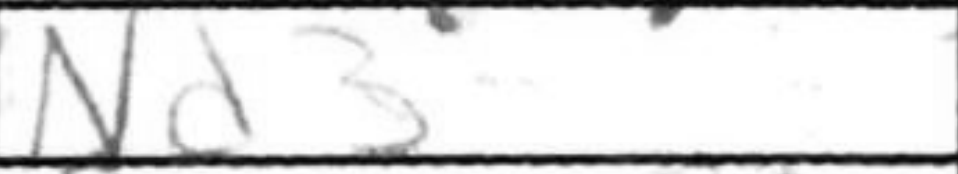
Transcription: Nxd3